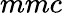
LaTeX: mmc